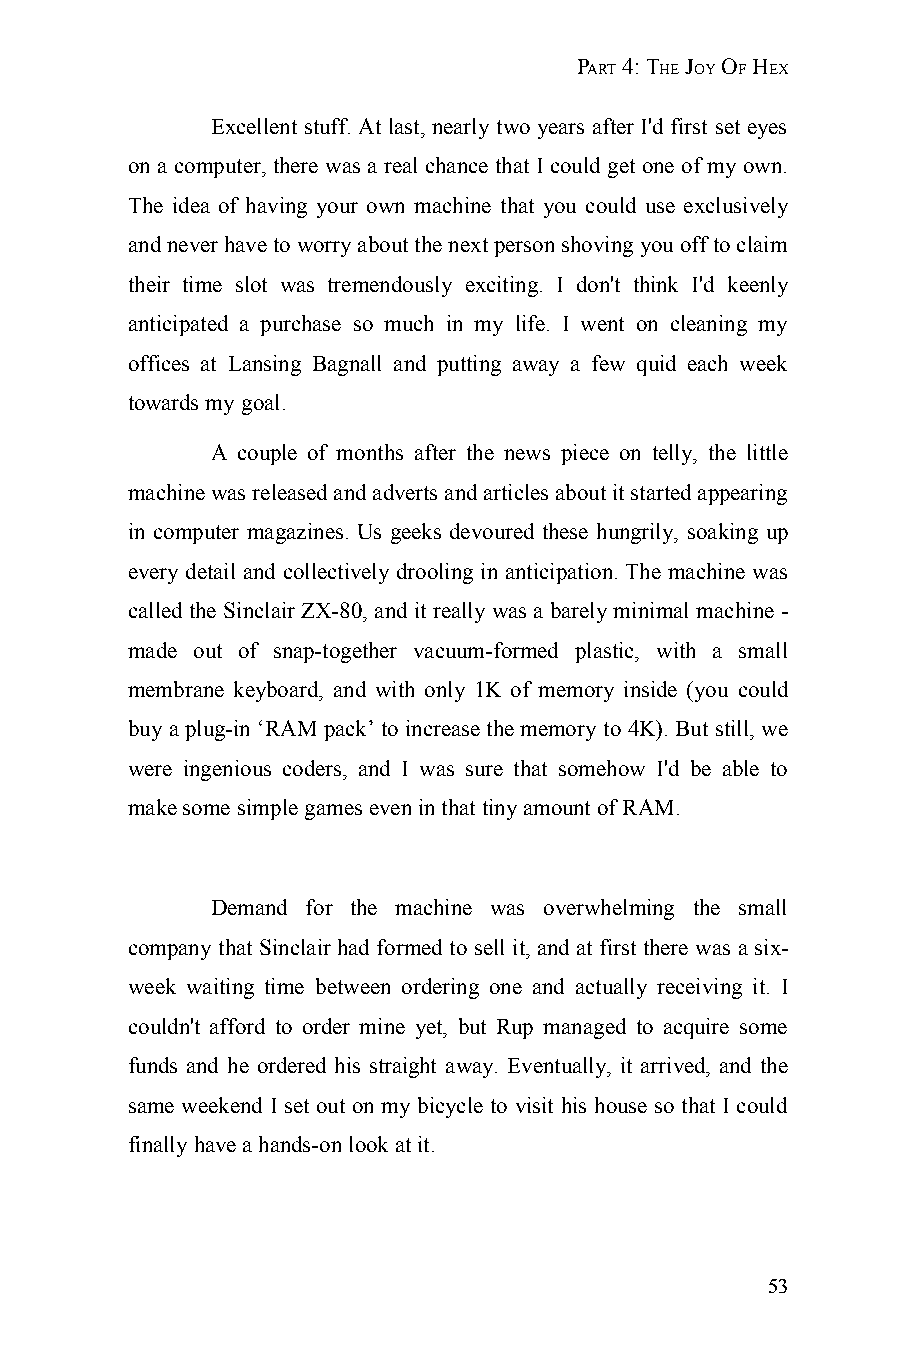
PART 4: THE JOY OF HEX
 Excellent stuff. At last, nearly two years after I'd first set eyes
 on a computer, there was a real chance that I could get one of my own.
 The idea of having your own machine that you could use exclusively
 and never have to worry about the next person shoving you off to claim
 their time slot was tremendously exciting. I don't think I'd keenly
 anticipated a purchase so much in my life. I went on cleaning my
 offices at Lansing Bagnall and putting away a few quid each week
 towards my goal.
 A couple of months after the news piece on telly, the little
 machine was released and adverts and articles about it started appearing
 in computer magazines. Us geeks devoured these hungrily, soaking up
 every detail and collectively drooling in anticipation. The machine was
 called the Sinclair ZX-80, and it really was a barely minimal machine -
 made out of snap-together vacuum-formed plastic, with a small
 membrane keyboard, and with only 1K of memory inside (you could
 buy a plug-in ‘RAM pack’ to increase the memory to 4K). But still, we
 were ingenious coders, and I was sure that somehow I'd be able to
 make some simple games even in that tiny amount of RAM.
 Demand for the machine was overwhelming the small
 company that Sinclair had formed to sell it, and at first there was a six-
 week waiting time between ordering one and actually receiving it. I
 couldn't afford to order mine yet, but Rup managed to acquire some
 funds and he ordered his straight away. Eventually, it arrived, and the
 same weekend I set out on my bicycle to visit his house so that I could
 finally have a hands-on look at it.
 53